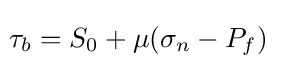
\!\tau _{b}=S_{0}+\mu (\sigma _{n}-P_{f})